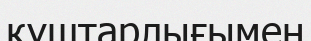
құштарлығымен